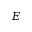
E